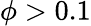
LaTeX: \phi>0.1